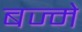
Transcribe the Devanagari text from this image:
बज्मे